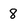
Character: 8